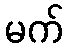
မက်